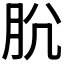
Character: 𰮋